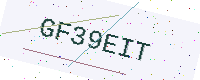
Text: GF39EIT